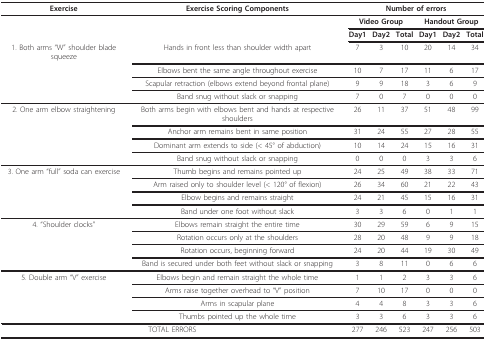
<table><thead><tr><td><b>Exercise</b></td><td><b>Exercise Scoring Components</b></td><td colspan="6"><b>Number of errors</b></td></tr></thead><tbody><tr><td></td><td></td><td colspan="3"><b>Video Group</b></td><td colspan="3"><b>Handout Group</b></td></tr><tr><td></td><td></td><td><b>Day1</b></td><td><b>Day2</b></td><td><b>Total</b></td><td><b>Day1</b></td><td><b>Day2</b></td><td><b>Total</b></td></tr><tr><td>1. Both arms &quot;W&quot; shoulder blade squeeze</td><td>Hands in front less than shoulder width apart</td><td>7</td><td>3</td><td>10</td><td>20</td><td>14</td><td>34</td></tr><tr><td></td><td>Elbows bent the same angle throughout exercise</td><td>10</td><td>7</td><td>17</td><td>11</td><td>6</td><td>17</td></tr><tr><td></td><td>Scapular retraction (elbows extend beyond frontal plane)</td><td>9</td><td>9</td><td>18</td><td>3</td><td>6</td><td>9</td></tr><tr><td></td><td>Band snug without slack or snapping</td><td>7</td><td>0</td><td>7</td><td>0</td><td>0</td><td>0</td></tr><tr><td>2. One arm elbow straightening</td><td>Both arms begin with elbows bent and hands at respective shoulders</td><td>26</td><td>11</td><td>37</td><td>51</td><td>48</td><td>99</td></tr><tr><td></td><td>Anchor arm remains bent in same position</td><td>31</td><td>24</td><td>55</td><td>27</td><td>28</td><td>55</td></tr><tr><td></td><td>Dominant arm extends to side (&lt; 45° of abduction)</td><td>10</td><td>14</td><td>24</td><td>15</td><td>16</td><td>31</td></tr><tr><td></td><td>Band snug without slack or snapping</td><td>0</td><td>0</td><td>0</td><td>3</td><td>3</td><td>6</td></tr><tr><td>3. One arm &quot;full&quot; soda can exercise</td><td>Thumb begins and remains pointed up</td><td>24</td><td>25</td><td>49</td><td>38</td><td>33</td><td>71</td></tr><tr><td></td><td>Arm raised only to shoulder level (&lt; 120° of flexion)</td><td>26</td><td>34</td><td>60</td><td>21</td><td>22</td><td>43</td></tr><tr><td></td><td>Elbow begins and remains straight</td><td>24</td><td>21</td><td>45</td><td>15</td><td>16</td><td>31</td></tr><tr><td></td><td>Band under one foot without slack</td><td>3</td><td>3</td><td>6</td><td>0</td><td>1</td><td>1</td></tr><tr><td>4. &quot;Shoulder clocks&quot;</td><td>Elbows remain straight the entire time</td><td>30</td><td>29</td><td>59</td><td>6</td><td>9</td><td>15</td></tr><tr><td></td><td>Rotation occurs only at the shoulders</td><td>28</td><td>20</td><td>48</td><td>9</td><td>9</td><td>18</td></tr><tr><td></td><td>Rotation occurs, beginning forward</td><td>24</td><td>20</td><td>44</td><td>19</td><td>30</td><td>49</td></tr><tr><td></td><td>Band is secured under both feet without slack or snapping</td><td>3</td><td>8</td><td>11</td><td>0</td><td>6</td><td>6</td></tr><tr><td>5. Double arm &quot;V&quot; exercise</td><td>Elbows begin and remain straight the whole time</td><td>1</td><td>1</td><td>2</td><td>3</td><td>3</td><td>6</td></tr><tr><td></td><td>Arms raise together overhead to &quot;V&quot; position</td><td>7</td><td>10</td><td>17</td><td>0</td><td>0</td><td>0</td></tr><tr><td></td><td>Arms in scapular plane</td><td>4</td><td>4</td><td>8</td><td>3</td><td>3</td><td>6</td></tr><tr><td></td><td>Thumbs pointed up the whole time</td><td>3</td><td>3</td><td>6</td><td>3</td><td>3</td><td>6</td></tr><tr><td colspan="2">TOTAL ERRORS</td><td>277</td><td>246</td><td>523</td><td>247</td><td>256</td><td>503</td></tr></tbody></table>